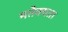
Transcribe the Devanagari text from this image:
मतैक्यता